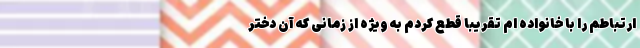
ارتباطم را با خانواده ام تقریبا قطع کردم به ویژه از زمانی که آن دختر